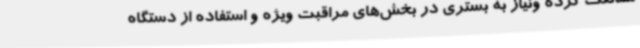
ممانعت کرده ونیاز به بستری در بخش‌های مراقبت ویژه و استفاده از دستگاه